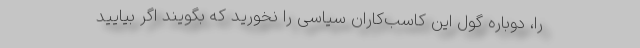
را، دوباره گول این کاسب‌کاران سیاسی را نخورید که بگویند اگر بیایید